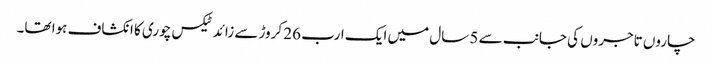
چاروں تاجروں کی جانب سے 5 سال میں ایک ارب 26 کروڑ سے زائد ٹیکس چوری کا انکشاف ہوا تھا۔